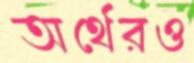
অর্থেরও